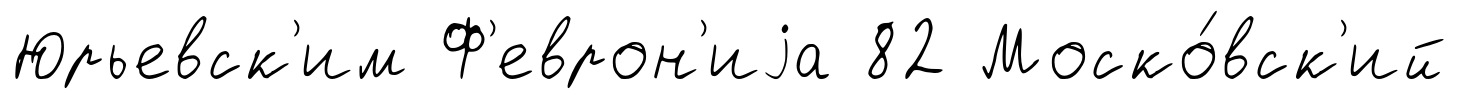
Юрьевск'им Ф'еврон'иjа 82 Моско́вск'ий